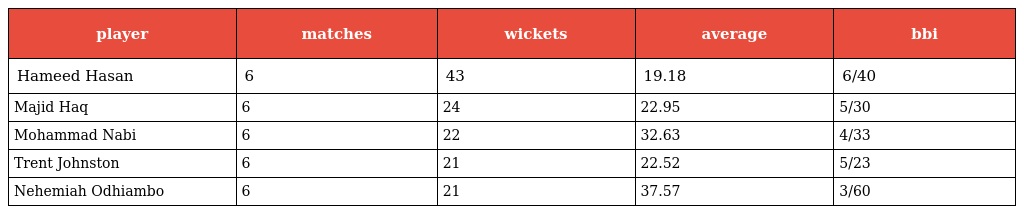
| player | matches | wickets | average | bbi |
 | --- | --- | --- | --- | --- |
 | Hameed Hasan | 6 | 43 | 19.18 | 6/40 |
 | Majid Haq | 6 | 24 | 22.95 | 5/30 |
 | Mohammad Nabi | 6 | 22 | 32.63 | 4/33 |
 | Trent Johnston | 6 | 21 | 22.52 | 5/23 |
 | Nehemiah Odhiambo | 6 | 21 | 37.57 | 3/60 |